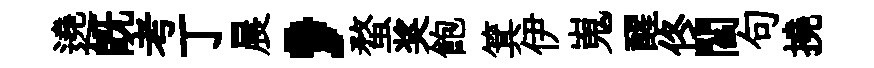
遶既考丁晨，蝥奖飽箕伊嵬醒佟閻句撓